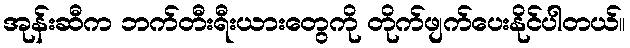
အုန်းဆီက ဘက်တီးရီးယားတွေကို တိုက်ဖျက်ပေးနိုင်ပါတယ်။